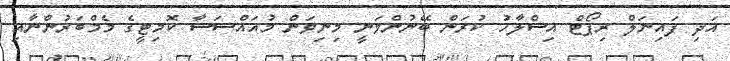
އަދި ފައިނަލް ރިޕޯޓް އިސްލާހު ކުރަން ބޭނުންވަނީ މިނިވަން މުއައްސަސާ ކޮމިޓީގެ މެމްބަރުންނާއި